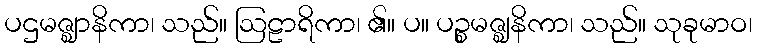
ပဌမဇ္ဈာနိကာ၊ သည်။ ဩဠာရိကာ၊ ၏။ ပ။ ပဉ္စမဇ္ဈနိကာ၊ သည်။ သုခုမာဝ၊